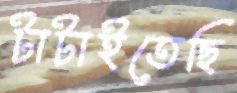
টাটাইতেছি